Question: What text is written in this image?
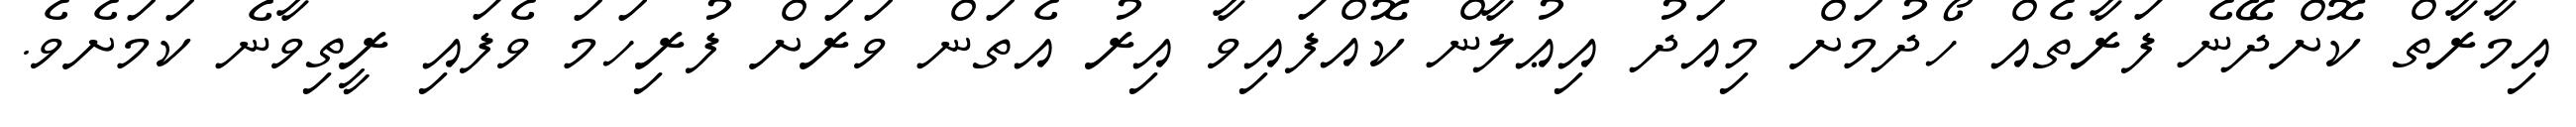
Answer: އިމާރާތް ކޮށްދޭނެ ފަރާތެއް ހޯދުމަށް މިއަދު އިޢުލާން ކޮއްފައިވާ އިރު އެތަން ވަރަށް ފުރިހަމަ ވެފައި ރީތިވާނެ ކަމަށެވެ.